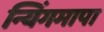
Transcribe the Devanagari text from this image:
न्यिंगमापा